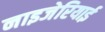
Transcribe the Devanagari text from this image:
नाइजेरियाई